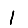
Digit: 1